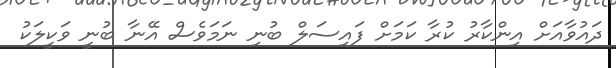
ދައުވާއަށް އިންކާރު ކުރާ ކަމަށް ފައިސަލް ބުނި ނަމަވެސް އޭނާ ބުނީ ވަކީލަކު